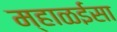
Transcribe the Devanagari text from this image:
म्हाळईसा